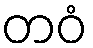
တဝံ